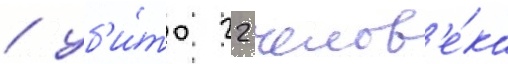
/ уб'и́то 22 челов'е́ка